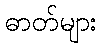
ဓာတ်များ